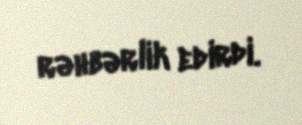
rəhbərlik edirdi.